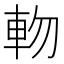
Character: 𨋊